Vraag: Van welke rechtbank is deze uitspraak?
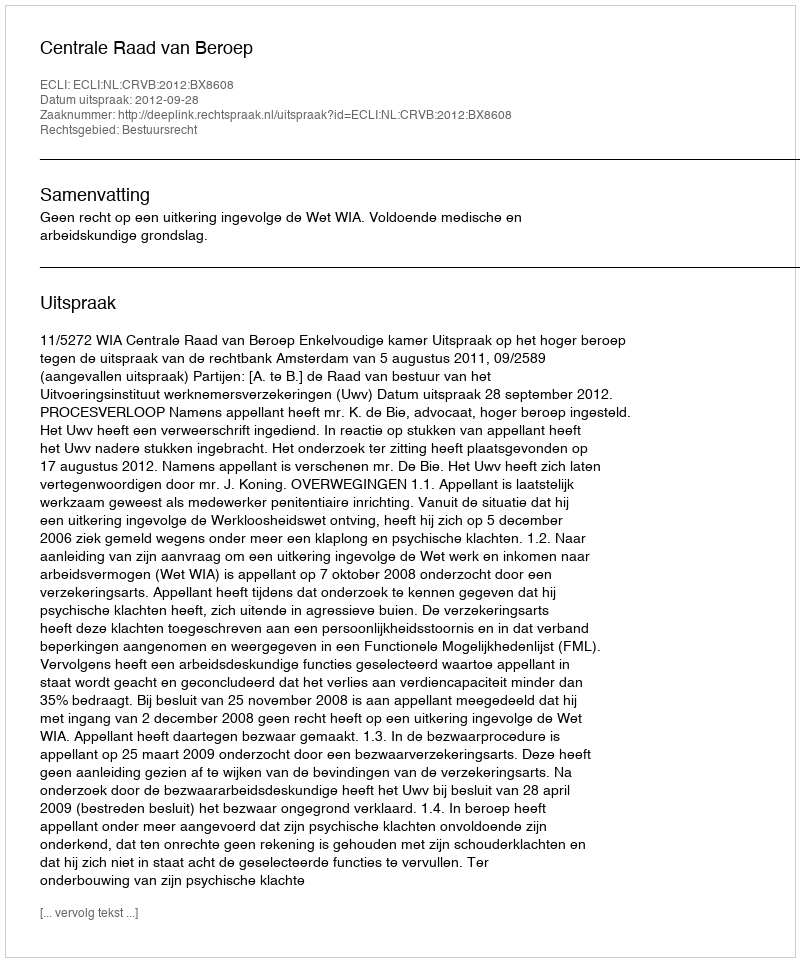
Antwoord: Centrale Raad van Beroep